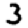
Digit: 3